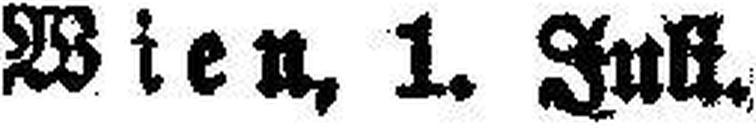
Wien, 1. Juli.